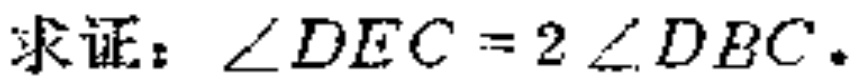
求证：\(\angle DEC = 2\angle DBC\)。